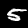
Digit: 5